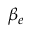
\beta _ { e }